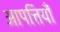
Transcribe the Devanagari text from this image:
आपत्तियॉँ